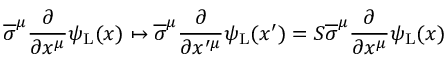
{ \overline { { \sigma } } } ^ { \mu } { \frac { \partial } { \partial x ^ { \mu } } } \psi _ { \mathrm { { L } } } ( x ) \mapsto { \overline { { \sigma } } } ^ { \mu } { \frac { \partial } { \partial x ^ { \prime \mu } } } \psi _ { \mathrm { { L } } } ( x ^ { \prime } ) = S { \overline { { \sigma } } } ^ { \mu } { \frac { \partial } { \partial x ^ { \mu } } } \psi _ { \mathrm { { L } } } ( x )